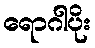
ရောဂါပိုး